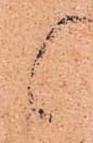
候